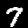
Digit: 7